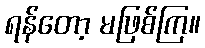
ရန်တော့ မဖြစ်ကြ။